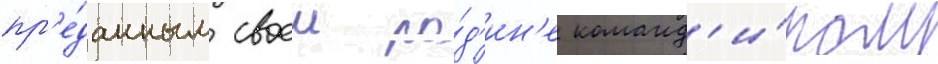
пр'е́данным своеи ро́д'ин'е команд'и́ром